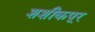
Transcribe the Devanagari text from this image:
शशीकपूर